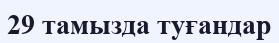
29 тамызда туғандар